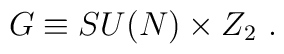
G\equiv SU(N) \times Z_2 \ .